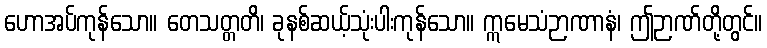
ဟောအပ်ကုန်သော။ တေသတ္တတိ၊ ခုနစ်ဆယ့်သုံးပါးကုန်သော။ ဣမေသံဉာဏာနံ၊ ဤဉာဏ်တို့တွင်။